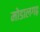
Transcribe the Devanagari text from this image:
मोडालगढ़